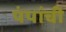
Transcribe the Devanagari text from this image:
पंपांची